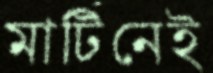
মার্টিনেই